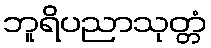
ဘူရိပညာသုတ္တံ